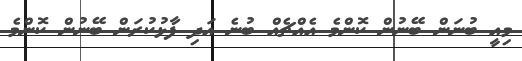
މިއީ ބުނަން ބޭނުން ކޮންމެ އެއްޗެއް ބުނެ އަދި ފާޅުކުރަން ބޭނުން ކޮންމެ